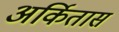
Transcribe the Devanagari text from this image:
अर्कितास